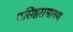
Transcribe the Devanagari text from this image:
वसिष्ठरामायण